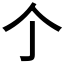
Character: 𠆤